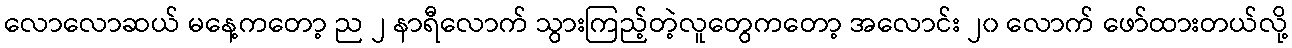
လောလောဆယ် မနေ့ကတော့ ည ၂ နာရီလောက် သွားကြည့်တဲ့လူတွေကတော့ အလောင်း ၂၀ လောက် ဖော်ထားတယ်လို့